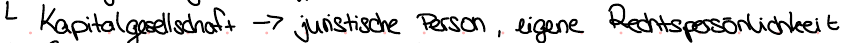
Kapitalgesellschaft -> juristische Person, eigene Rechtspersönlichkeit